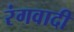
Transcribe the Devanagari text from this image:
रंगवादी